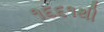
૧૬૬૧થી